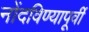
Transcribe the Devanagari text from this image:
नोंदविण्यापूर्वी